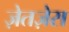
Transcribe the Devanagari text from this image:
ज़ेतज़ेस